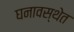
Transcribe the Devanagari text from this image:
घनावस्थेत